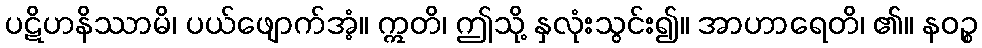
ပဋိဟနိဿာမိ၊ ပယ်ဖျောက်အံ့။ ဣတိ၊ ဤသို့ နှလုံးသွင်း၍။ အာဟာရေတိ၊ ၏။ နဝဉ္စ